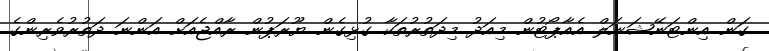
ގަން އިންޓަނޭޝަނަލް އެއާޕޯޓުން މިއަދު މިދަތުރުތަކާ ގުޅިގެން ޔޫރަޕުން ރާއްޖެއަށް އަންނަ ދަތުރުވެރިންގެ